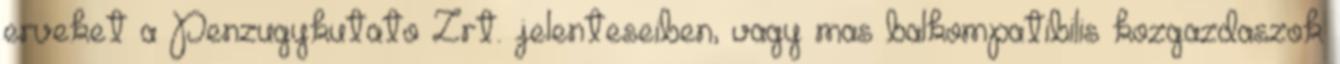
erveket a Penzugykutato Zrt. jelenteseiben, vagy mas balkompatibilis kozgazdaszok